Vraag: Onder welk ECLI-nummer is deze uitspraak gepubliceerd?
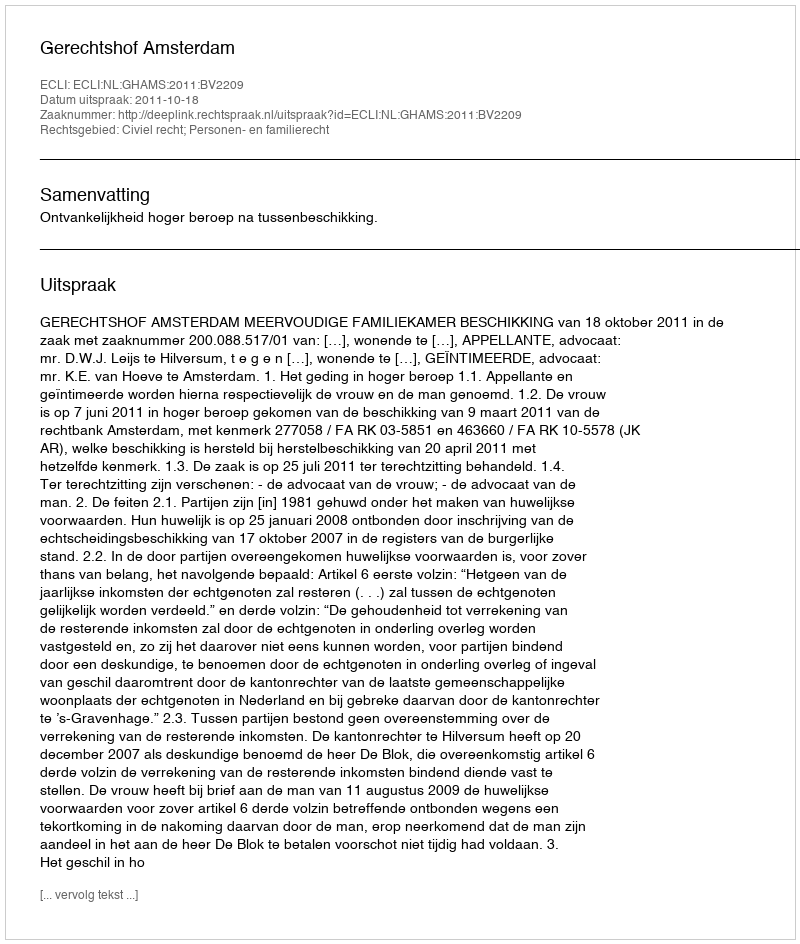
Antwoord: ECLI:NL:GHAMS:2011:BV2209